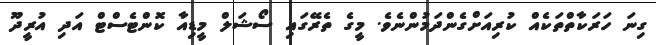
ގިނަ ހަރަކާތްތަކެއް ކުރިއަށްގެންދަމުންނެވެ. މީގެ ތެރޭގައި ސޯޝަލް މީޑިއާ ކޮންޓެސްޓް އަދި އުރީދޫ